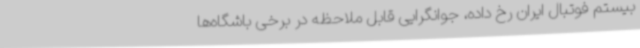
بیستم فوتبال ایران رخ داده، جوانگرایی قابل ملاحظه در برخی باشگاه‌ها